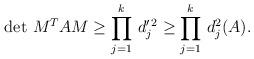
LaTeX: \begin{align*}\det \,M^T AM \ge \prod_{j=1}^{k} \,d_j^{\prime \,2} \ge \prod_{j=1}^{k} \,d_j^2 (A). \end{align*}